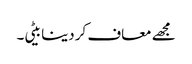
مجھے معاف کر دینا بیٹی۔